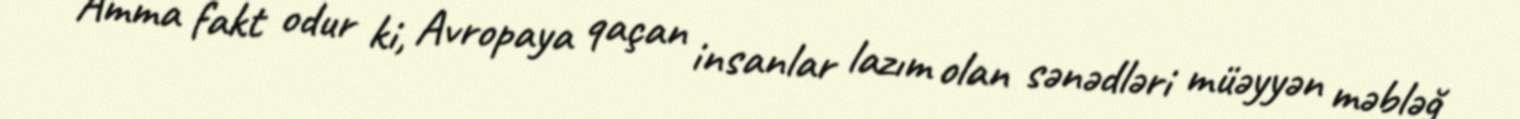
Amma fakt odur ki, Avropaya qaçan insanlar lazım olan sənədləri müəyyən məbləğ